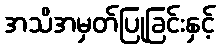
အသိအမှတ်ပြုခြင်းနှင့်